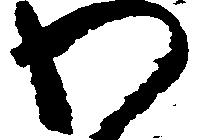
わ